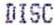
DISC